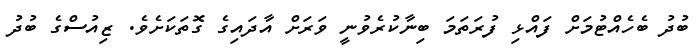
ބުދު ބެހެއްޓުމަށް ފައްޅި ފުރަތަމަ ބިނާކުރެވުނީ ވަރަށް އާދައިގެ ގޮތަކަށެވެ. ޒިއުސްގެ ބުދު